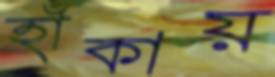
হাঁকায়